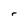
Character: r